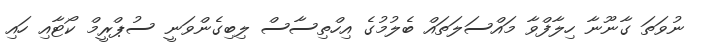
ނުވަތަ ގާނޫނާ ހިލާފްވާ މައްސަލަތައް ބެލުމުގެ އިހްތިސާސް ލިބިގެންވަނީ ސުޕްރީމް ކޯޓާއި ހައި